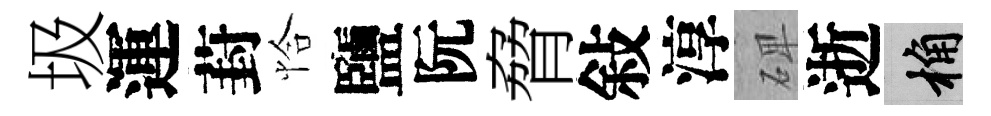
圾運葑恰鹽阮脅敍淳𥓓逝桷